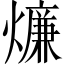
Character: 燫